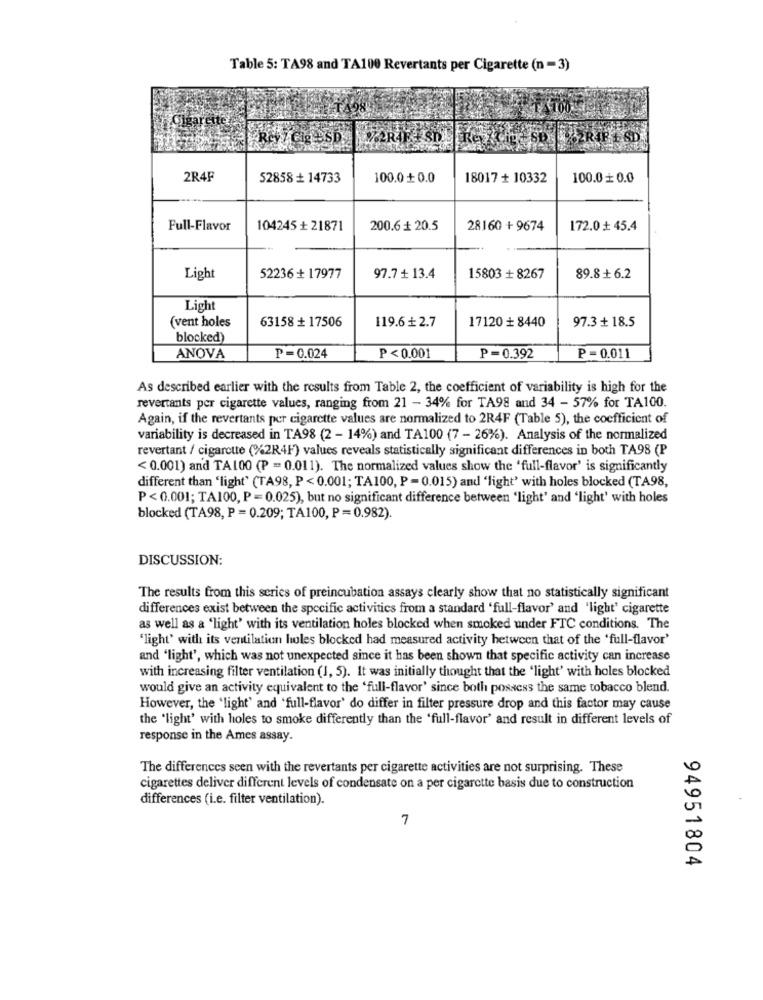
Table 5: TA98 and TA100 Revertants per Cigarette (n =3)
Riv / Cig -SD
2R4F
52858 + 14733
100.0+ 0.0
18017 + 10332
100.0 0.0
Full-Flavor
104245 + 21871
200.6 + 20.5
28160 + 9674
172.0 + 45.4
Light
52236 + 17977
97.7 + 13.4
15803 + 8267
89.8 + 6.2
Light
63158 + 17506
119.6 ₺ 2.7
17120 + 8440
97.3 + 18.5
(vent holes
blocked)
ANOVA
P=0.024
P<0.001
P=0.392
P =0.011
As described earlier with the results from Table 2, the coefficient of variability is high for the
revertants per cigarette values, ranging from 21 - 34% for TA98 and 34 - 57% for TA100.
Again, if the revertants per cigarette values are normalized to 2R4F (Table 5), the coefficient of
variability is decreased in TA98 (2 - 14%) and TA100 (7 - 26%). Analysis of the normalized
revertant / cigarette (%2R4F) values reveals statistically significant differences in both TA98 (P
< 0.001) and TA100 (P = 0.011). The normalized values show the 'full-flavor' is significantly
different than 'light' (TA98, P < 0.001; TA100, P = 0.015) and 'light' with holes blocked (TA98,
P <0.001; TA100, P = 0.025), but no significant difference between 'light' and 'light' with holes
blocked (TA98, P = 0.209; TA100, P =0.982).
DISCUSSION:
The results from this series of preincubation assays clearly show that no statistically significant
differences exist between the specific activities from a standard 'full-flavor' and 'light' cigarette
as well as a 'light' with its ventilation holes blocked when smoked under FTC conditions. The
"light' with its ventilation holes blocked had measured activity between that of the 'full-flavor'
and 'light', which was not unexpected since it has been shown that specific activity can increase
with increasing filter ventilation (1, 5). It was initially thought that the 'light' with holes blocked
would give an activity equivalent to the 'full-flavor' since both possess the same tobacco blend.
However, the 'light' and 'full-flavor' do differ in filter pressure drop and this factor may cause
the 'light' with holes to smoke differently than the 'full-flavor' and result in different levels of
response in the Ames assay.
The differences seen with the revertants per cigarette activities are not surprising. These
cigarettes deliver different levels of condensate on a per cigarette basis due to construction
differences (i.e. filter ventilation).
7
94951804